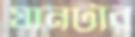
যানটার